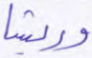
وريشا